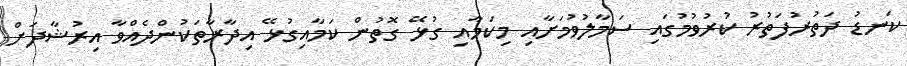
ކަނޑު ދަތުރުފަތުރު ކުރުވުމުގައި ސަމާލުވުމަށާއި މިކަމާއި ގުޅޭ ގޮތުން ކަމާއިގުޅޭ އިދާރާތަކުންދެއްވާ އިރުޝާދަށް